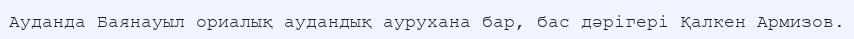
Ауданда Баянауыл ориалық аудандық аурухана бар, бас дәрігері Қалкен Армизов.